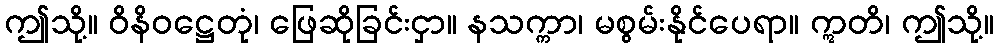
ဤသို့။ ဝိနိဝဋ္ဌေတုံ၊ ဖြေဆိုခြင်းငှာ။ နသက္ကာ၊ မစွမ်းနိုင်ပေရာ။ ဣတိ၊ ဤသို့။